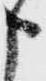
申